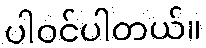
ပါဝင်ပါတယ်။